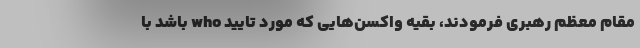
مقام معظم رهبری فرمودند، بقیه واکسن‌هایی که مورد تایید who باشد با